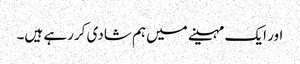
اور ایک مہینے میں‌ہم شادی کررہے ہیں۔